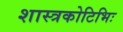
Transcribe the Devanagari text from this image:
शास्त्रकोटिभिः